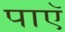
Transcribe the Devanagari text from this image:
पाएॅ